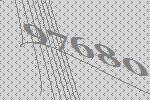
97680